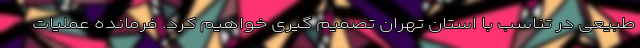
طبیعی در تناسب با استان تهران تصمیم گیری خواهیم کرد. فرمانده عملیات